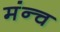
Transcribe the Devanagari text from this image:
मंन्च